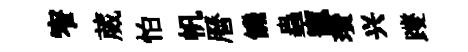
窄葳怕帆曆饑蟲寵瓚兴躞